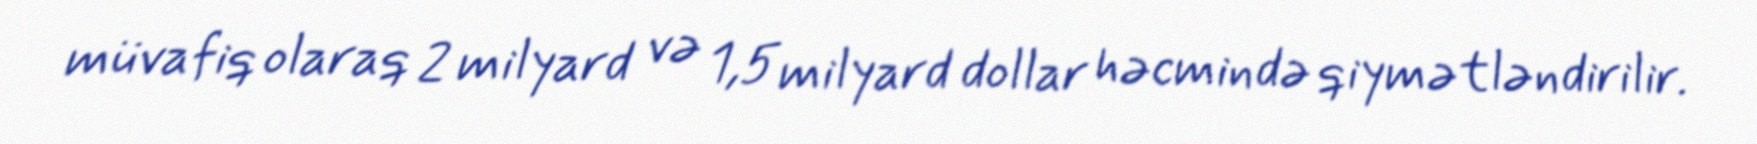
müvafiq olaraq 2 milyard və 1,5 milyard dollar həcmində qiymətləndirilir.